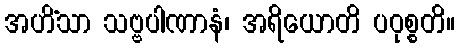
အဟိံသာ သဗ္ဗပါဏာနံ၊ အရိယောတိ ပဝုစ္စတိ။